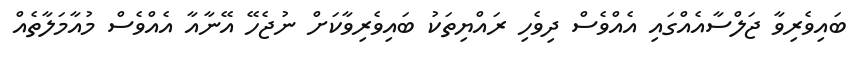
ބައިވެރިވާ ޖަލްސާއެއްގައި އެއްވެސް ދިވެހި ރައްޔިތަކު ބައިވެރިވާކަށް ނުޖެހޭ އޭނާއާ އެއްވެސް މުއާމަލާތެއް